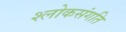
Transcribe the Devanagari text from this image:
श्लोकसंगति